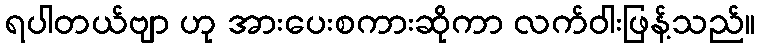
ရပါတယ်ဗျာ ဟု အားပေးစကားဆိုကာ လက်ဝါးဖြန့်သည်။